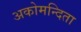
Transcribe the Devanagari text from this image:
अकोमन्दिता